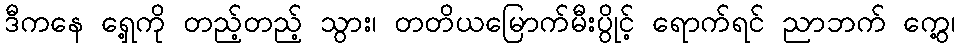
ဒီကနေ ရှေ့ကို တည့်တည့် သွား၊ တတိယမြောက်မီးပွိုင့် ရောက်ရင် ညာဘက် ကွေ့၊